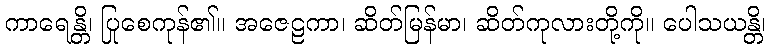
ကာရေန္တိ၊ ပြုစေကုန်၏။ အဇေဠကာ၊ ဆိတ်မြန်မာ၊ ဆိတ်ကုလားတို့ကို။ ပေါသယန္တိ၊